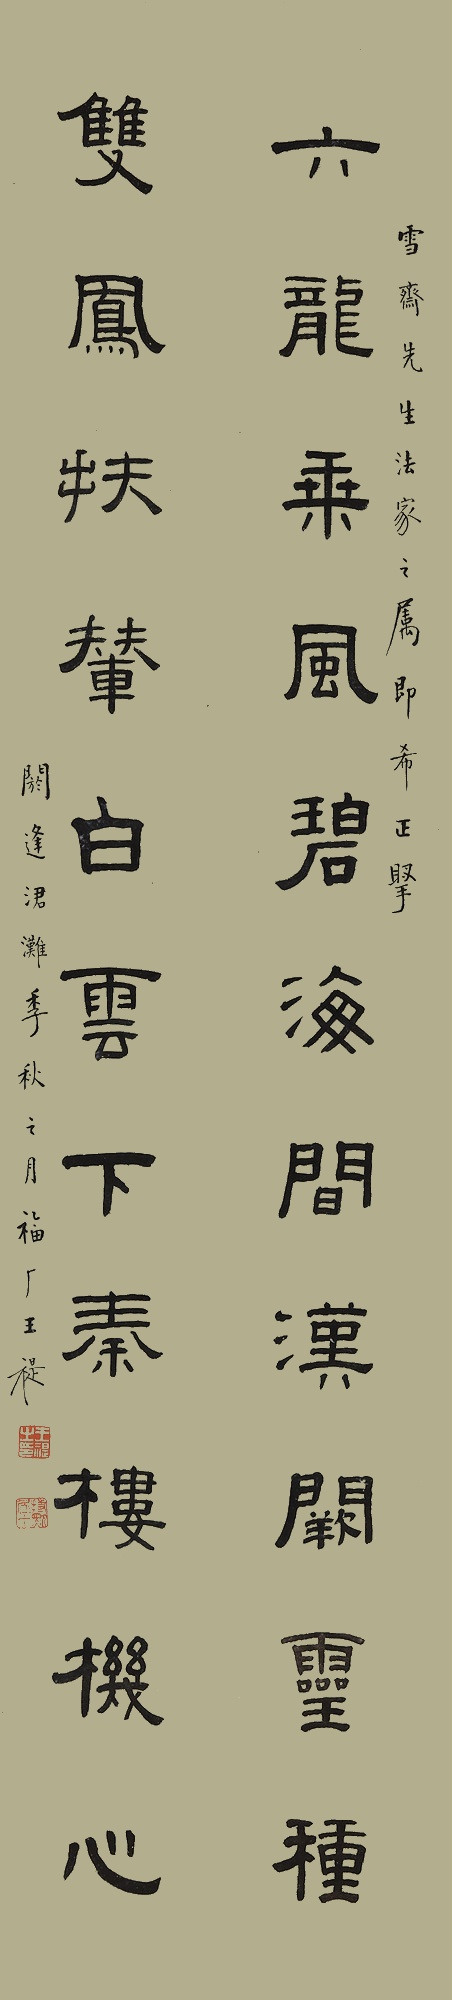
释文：六龙乘风碧海间，汉阙灵种，双凤扶辇白云下，秦楼机心。雪斋先生法家之属即希正腕，阏逢涒滩季秋之月，福厂王禔。